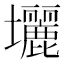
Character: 𡔉